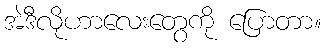
အဲဒီလိုဟာလေးတွေကို ပြောတာ။